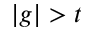
| g | > t